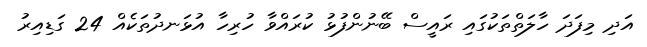
އަދި މިފަދަ ހާލަތްތަކުގައި ރައީސް ބޭނުންފުޅު ކުރައްވާ ހުރިހާ އުޅަނދުތަކެއް 24 ގަޑިއިރު